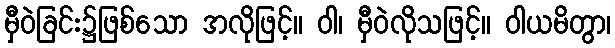
မှီဝဲခြင်း၌ဖြစ်သော အလိုဖြင့်။ ဝါ၊ မှီဝဲလိုသဖြင့်။ ဝါယမိတွာ၊